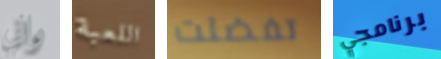
واني اللعبة تفضلت برنامجي